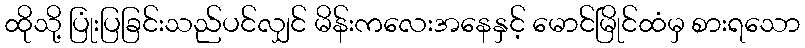
ထိုသို့ ပြုံးပြခြင်းသည်ပင်လျှင် မိန်းကလေးအနေနှင့် မောင်မြိုင်ထံမှ စားရသော